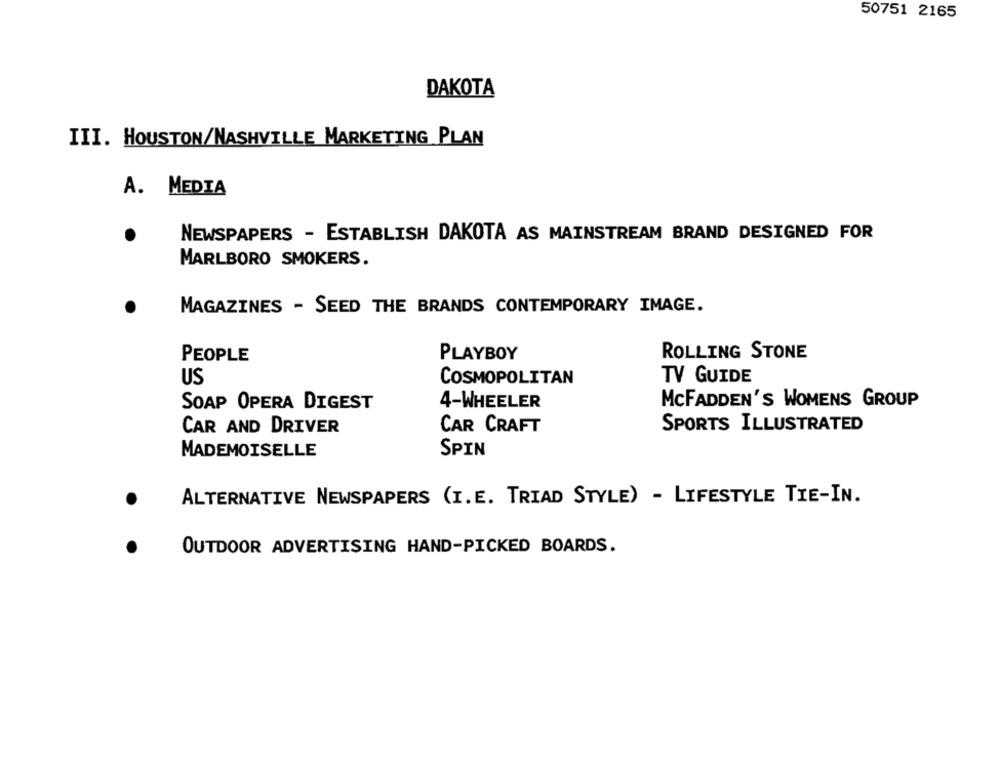
50751 2165
DAKOTA
III. HOUSTON/NASHVILLE MARKETING PLAN
A. MEDIA
NEWSPAPERS - ESTABLISH DAKOTA AS MAINSTREAM BRAND DESIGNED FOR
MARLBORO SMOKERS.
MAGAZINES - SEED THE BRANDS CONTEMPORARY IMAGE.
PEOPLE
PLAYBOY
ROLLING STONE
US
COSMOPOLITAN
TV GUIDE
SOAP OPERA DIGEST
4-WHEELER
MCFADDEN'S WOMENS GROUP
CAR CRAFT
SPORTS ILLUSTRATED
CAR AND DRIVER
SPIN
MADEMOISELLE
ALTERNATIVE NEWSPAPERS (I.E. TRIAD STYLE) - LIFESTYLE TIE-IN.
OUTDOOR ADVERTISING HAND-PICKED BOARDS.